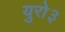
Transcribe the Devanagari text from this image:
युरो३